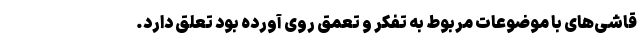
قاشی‌های با موضوعات مربوط به تفکر و تعمق روی آورده بود تعلق دارد.